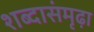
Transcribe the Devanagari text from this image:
शब्दासंमृढ़ा